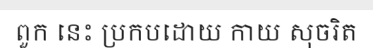
ពួក នេះ ប្រកបដោយ កាយ សុចរិត